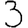
Digit: 3